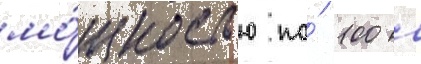
мо́щностью по́ 100 л